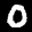
Label: 0